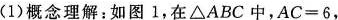
(1)概念理解：如图1，在△ABC中，$$A C = 6$$，